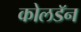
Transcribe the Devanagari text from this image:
कोलडॅन